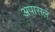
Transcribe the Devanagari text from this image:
अपासल